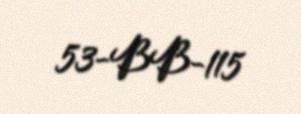
53-BB-115